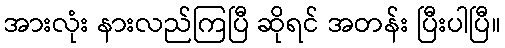
အားလုံး နားလည်ကြပြီ ဆိုရင် အတန်း ပြီးပါပြီ။